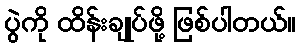
ပွဲကို ထိန်းချုပ်ဖို့ ဖြစ်ပါတယ်။